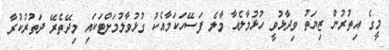
މީގެ އިތުރުން ޒިޔަތު ވިދާޅުވީ ހުޅުމާލެއާ މާލެ ފަސޭހަކަމާއެކު ގުޅުވާލުމަށްޓަކައި މިދޭތެރޭ ދަތުރުކުރާ